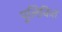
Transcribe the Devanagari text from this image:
पूलिकित